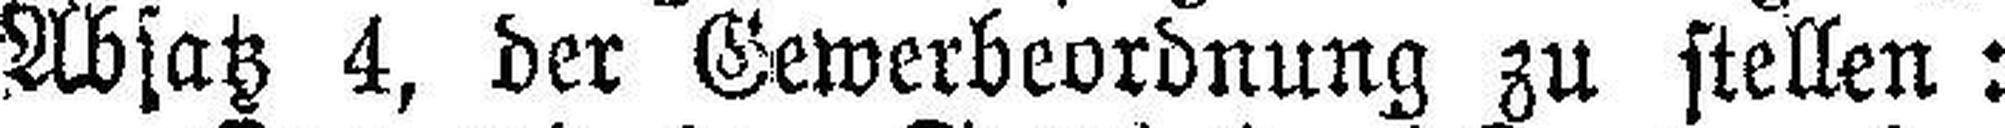
Absatz 4, der Gewerbeordnung zu stellen: